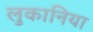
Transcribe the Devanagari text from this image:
लुकानिया